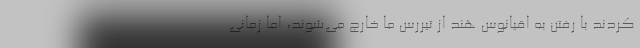
‌کردند با رفتن به اقیانوس هند از تیررس ما خارج می‌شوند، اما زمانی